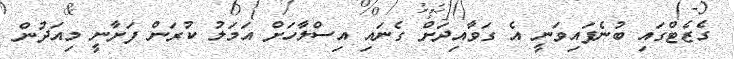
ގެޒެޓްގައި ބުނެފައިވަނީ އެ ގަވާއިދަށް ގެނައި އިސްލާހަށް އަމަލު ކުރަން ފަށާނީ މިއަދުން